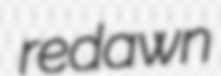
redawn